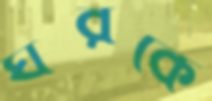
ঘরকে